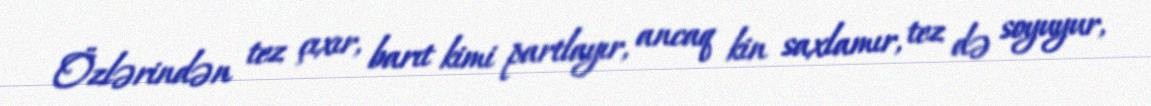
Özlərindən tez çıxır, barıt kimi partlayır, ancaq kin saxlamır, tez də soyuyur,